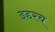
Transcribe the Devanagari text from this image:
इद्दरच